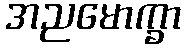
အညမောက္ခာ